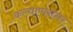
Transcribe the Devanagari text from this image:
कल्याणनगर